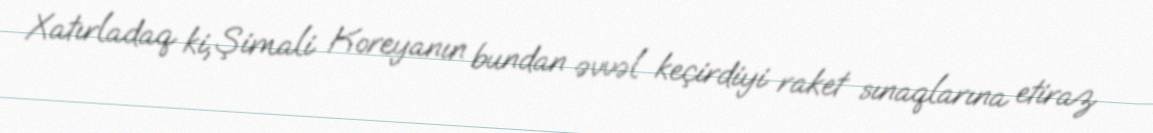
Xatırladaq ki, Şimali Koreyanın bundan əvvəl keçirdiyi raket sınaqlarına etiraz